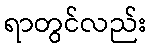
ရာတွင်လည်း